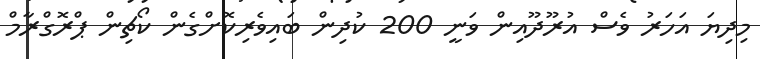
މިދިޔަ އަހަރު ވެސް އުރޫދޫއިން ވަނީ 200 ކުދިން ބައިވެރިކޮށްގެން ކޯޗިން ޕްރޮގްރާމް